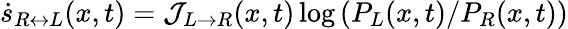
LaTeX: \dot{s}_{R\leftrightarrow L}(x,t)=\mathcal{J}_{L\rightarrow R}(x,t)\log\left(P_{L}(x,t)/P_{R}(x,t)\right)